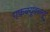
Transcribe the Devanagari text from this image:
एफक्यूडब्ल्यू